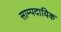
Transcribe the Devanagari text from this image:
साम्पदायिक